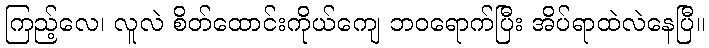
ကြည့်လေ၊ လူလဲ စိတ်ထောင်းကိုယ်ကျေ ဘဝရောက်ပြီး အိပ်ရာထဲလဲနေပြီ။